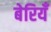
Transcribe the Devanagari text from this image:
बेरियँ